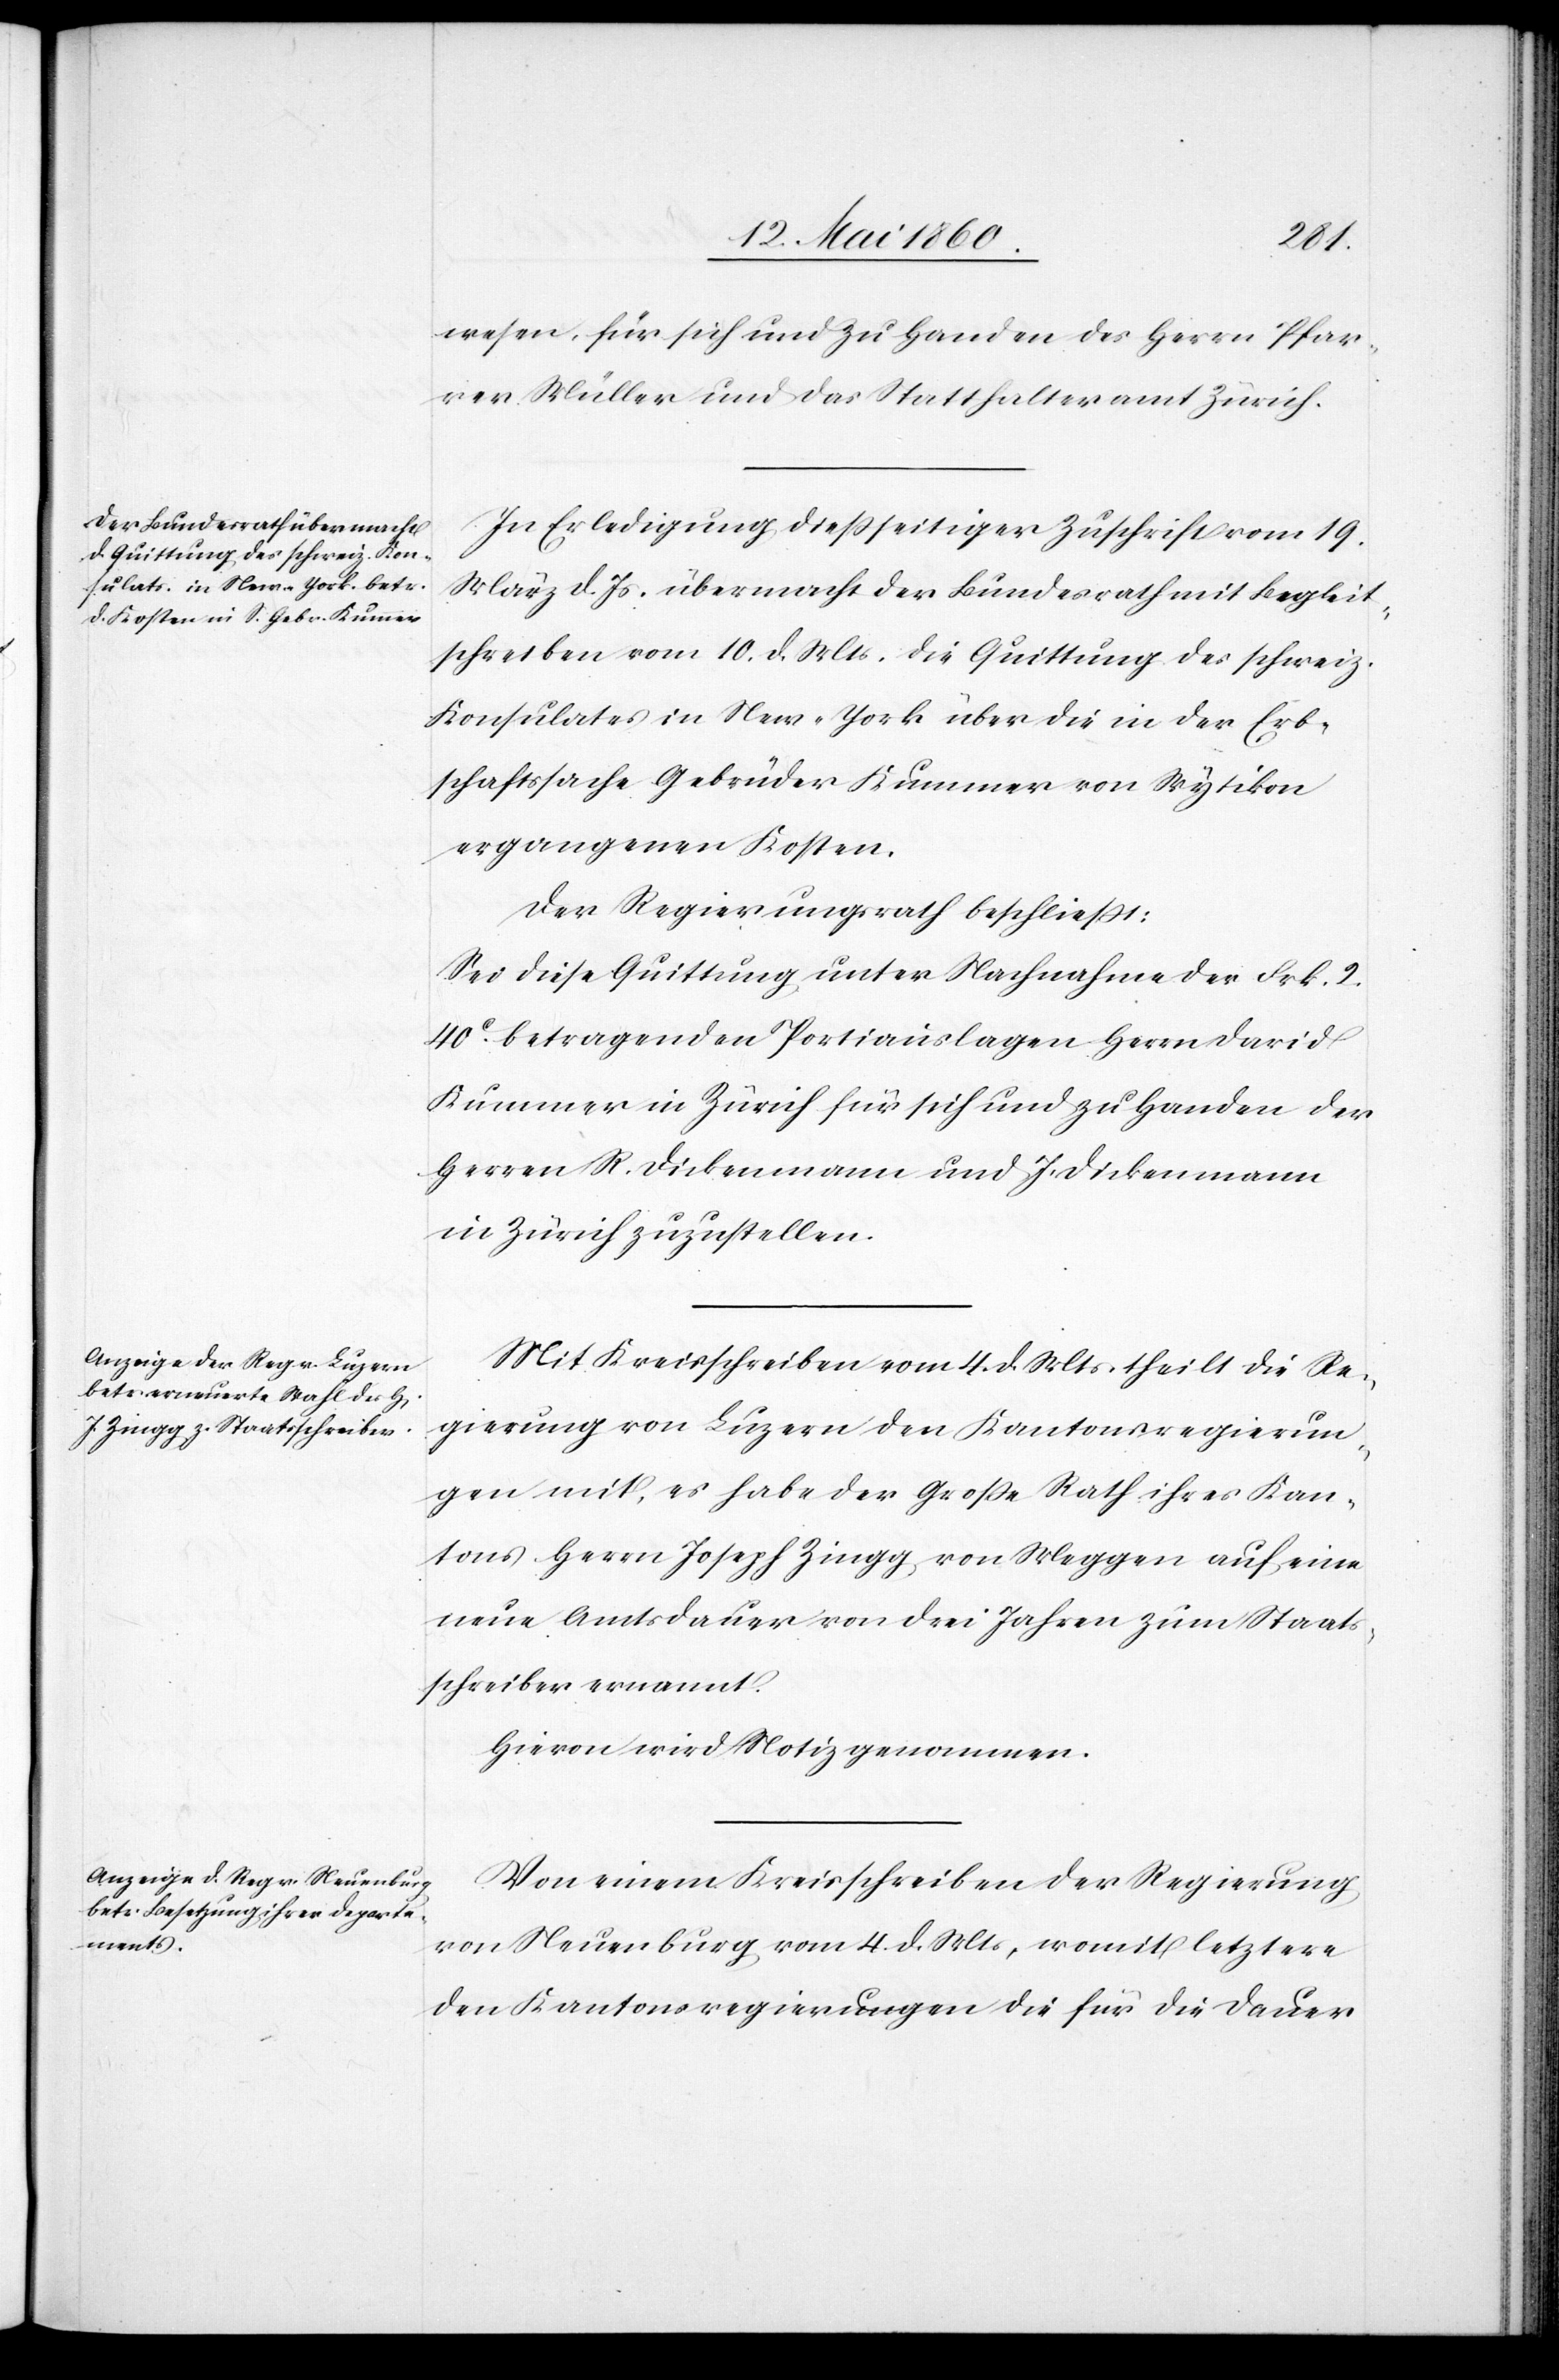
wesen, für sich und zu Handen des Herrn Pfar¬
rer Müller und das Statthalteramt Zürich.
In Erledigung diesseitiger Zuschrift vom 19.
März d. Js. übermacht der Bundesrath mit Begleit¬
schreiben vom 10. d. Mts. die Quittung des schweiz.
Konsulates in New-York über die in der Erb¬
schaftssache Gebrüder Kummer von Wytikon
ergangenen Kosten.
Der Regierungsrath beschliesst:
Sei diese Quittung unter Nachnahme der Fkr. 2
40C betragenden Portiauslagen Herrn David
Kummer in Zürich für sich und zu Handen der
Herren R. Dickenmann und J. Dickenmann
in Zürich zuzustellen.
Mit Kreisschreiben vom 4. d. Mts. theilt die Re¬
gierung von Luzern den Kantonsregierun¬
gen mit, es habe der Grosse Rath ihres Kan¬
tons Herrn Joseph Zingg, von Meggen auf eine
neue Amtsdauer von drei Jahren zum Staats¬
schreiber ernannt.
Hievon wird Notiz genommen.
Von einem Kreisschreiben der Regierung
von Neuenburg vom 4. d. Mts., womit letztere
den Kantonsregierungen die für die Dauer